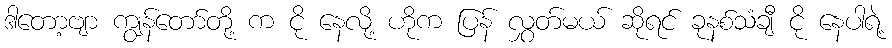
ဒါတော့ဗျာ ကျွန်တော်တို့ က ငို နေလို့ ဟိုက ပြန် လွှတ်မယ် ဆိုရင် ခုနစ်သံချီ ငို နေပါရဲ့